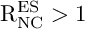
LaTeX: \mathrm { R } _ { \mathrm { N C } } ^ { \mathrm { E S } } > 1